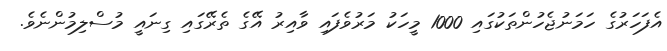
އެފަހަރުގެ ހަމަނުޖެހުންތަކުގައި 1000 މީހަކު މަރުވެފައި ވާއިރު އޭގެ ތެރޭގައި ގިނައީ މުސްލިމުންނެވެ.